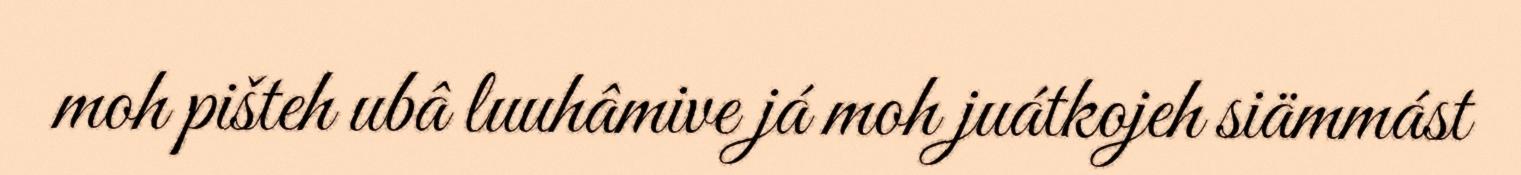
moh pišteh ubâ luuhâmive já moh juátkojeh siämmást